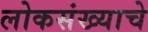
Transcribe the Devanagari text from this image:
लोकसंख्याचे